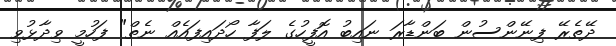
ދޭތެރޭ ފިނޭންސުން ބަންޑާރަ ނައިބު އޮފީހުގެ ލަފާ ހޯދައިފައެއް ނެތް" ފަހުމީ ވިދާޅުވި